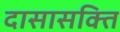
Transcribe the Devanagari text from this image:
दासासक्ति